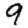
Digit: 9